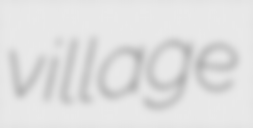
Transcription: village